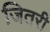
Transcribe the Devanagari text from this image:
जितरी